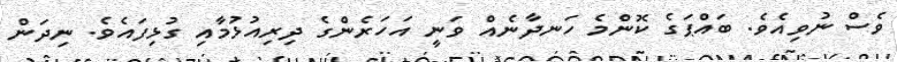
ވެސް ނުވިއެވެ. ބައްޕަގެ ކޮންމެ ހަނދާނެއް ވަނީ އަހަރެންގެ ދިރިއުޅުމާއި ގުޅިފައެވެ. ނިދަން